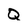
Character: Q